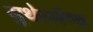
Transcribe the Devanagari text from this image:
सुथेरलैण्ड